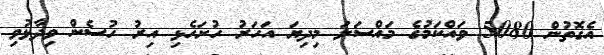
އެގޮތުން 5080 ވައްކަމުގެ މައްސަލަ މިދިޔަ އަހަރު ހުށަހެޅި އިރު ހުސެން ވިދާޅުވި